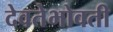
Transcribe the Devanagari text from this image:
देवतेभोवती